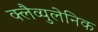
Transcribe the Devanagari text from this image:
क्लैव्युलेनिक